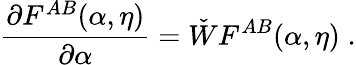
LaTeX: \frac{\partial F^{AB}(\alpha,\eta)}{\partial\alpha}=\check{W}F^{AB}(\alpha,\eta)\; .